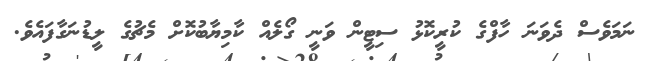
ނަމަވެސް ދެވަނަ ހާފްގެ ކުރީކޮޅު ސިޓީން ވަނީ ގޯލެއް ކާމިޔާބުކޮށް މެޗުގެ ލީޑުނަގާފައެވެ.